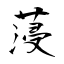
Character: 蓡